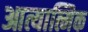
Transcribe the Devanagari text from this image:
आत्यात्मिक